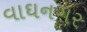
વાઘનગર